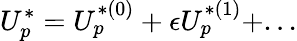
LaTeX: U_{p}^{*}=U_{p}^{*(0)}+\epsilon U_{p}^{*(1)}+...